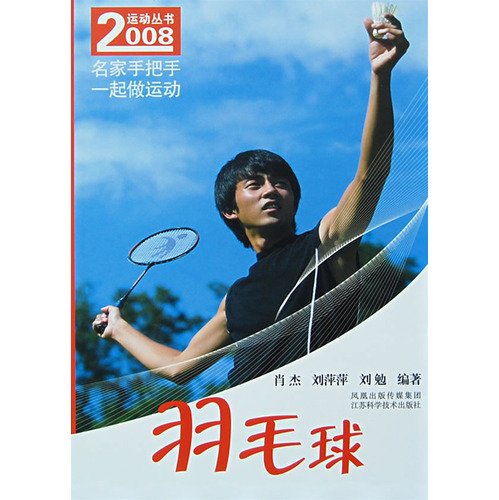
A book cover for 2008 Sports Books: Badminton(Chinese Edition); XIAO JIE // LIU PING PING // LIU MIAN / XIAO JIE / LIU MIAN XIAO JIE LIU PING PING; Sports & Outdoors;